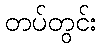
တပ်တွင်း